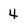
Character: 4